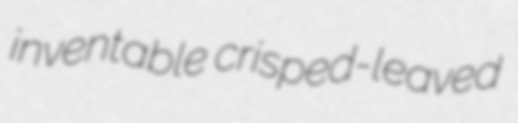
inventable crisped-leaved